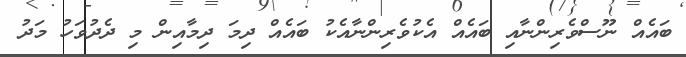
ބައެއް ނޫސްވެރިންނާއި ބައެއް އެކުވެރިންނާއެކު ބައެއް ދިމަ ދިމާއިން މި ދެދުވަހު މަދު